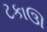
ટકાઊ